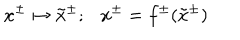
LaTeX: x ^ { \pm } \mapsto \tilde { x } ^ { \pm } ; x ^ { \pm } = f ^ { \pm } ( \tilde { x } ^ { \pm } )